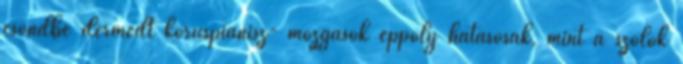
csöndbe dermedt kóruspianisz- mozgások éppoly hatásosak, mint a szólók